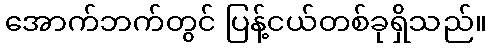
အောက်ဘက်တွင် ပြန့်ငယ်တစ်ခုရှိသည်။